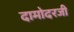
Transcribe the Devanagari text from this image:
दामोदरजी